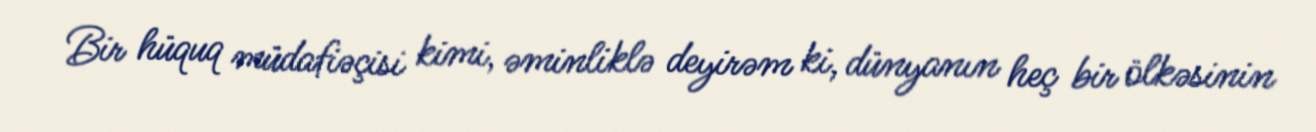
Bir hüquq müdafiəçisi kimi, əminliklə deyirəm ki, dünyanın heç bir ölkəsinin